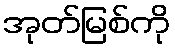
အုတ်မြစ်ကို